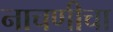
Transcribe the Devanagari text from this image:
नाचणीचा